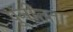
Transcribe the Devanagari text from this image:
पुनीतता